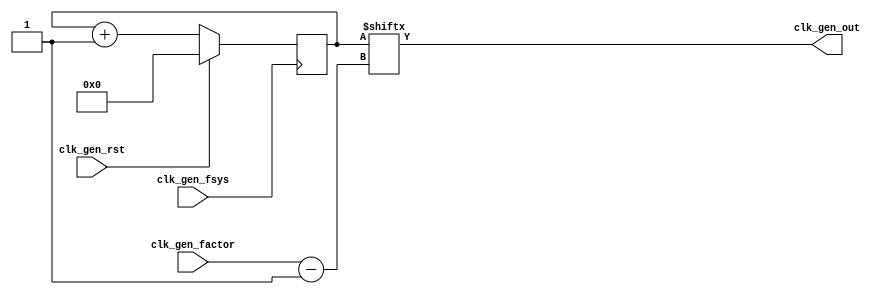
`timescale 1ns / 1ps
//////////////////////////////////////////////////////////////////////////////////
// Company: 
// Engineer: 
// 
// Design Name: 
// Module Name: clk_gen
// Project Name: 
// Target Devices: 
// Tool Versions: 
// Description: 
// 
// Dependencies: 
// 
// Revision:
// Revision 0.01 - File Created
// Additional Comments:
// 
//////////////////////////////////////////////////////////////////////////////////


module clk_gen #(parameter SIZE = 32)
(
    input clk_gen_fsys,
    input clk_gen_rst,
    input [4:0] clk_gen_factor,
    output clk_gen_out
    );
    
    reg [SIZE-1:0] clk_gen_temp;    
    
    initial
            clk_gen_temp = 0;
    always@(posedge clk_gen_fsys)
        begin:CLOCKGENERATOR
            if(clk_gen_rst)
                clk_gen_temp = 0;
            else
                clk_gen_temp <= clk_gen_temp +1;
        end
    assign clk_gen_out = clk_gen_temp[clk_gen_factor-1];
   
endmodule